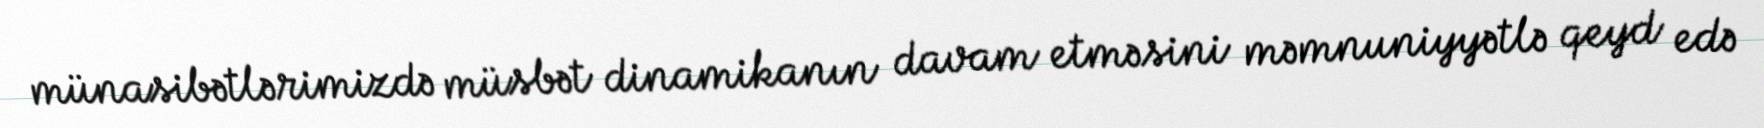
münasibətlərimizdə müsbət dinamikanın davam etməsini məmnuniyyətlə qeyd edə